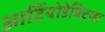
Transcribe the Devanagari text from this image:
आर्टियोडेक्टिला